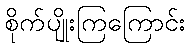
စိုက်ပျိုးကြကြောင်း